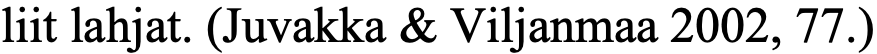
liit lahjat. (Juvakka & Viljanmaa 2002, 77.)